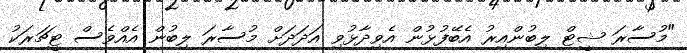
"މުސާރަ ޝީޓް ލިބުންއިރު އެބޭފުޅުން އެވިދާޅުވި އަދަދަށް މުސާރަ ލިބުން އެއްވެސް ޓީޗަރަކު